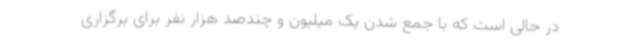
در حالی است که با جمع شدن یک میلیون و چندصد هزار نفر برای برگزاری